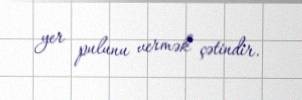
yer pulunu vermək çətindir.